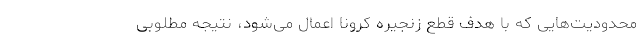
محدودیت‌هایی که با هدف قطع زنجیره کرونا اعمال می‌شود، نتیجه مطلوبی